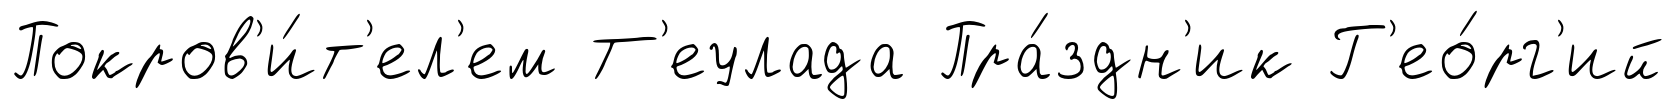
Покров'и́т'ел'ем Т'еулада Пра́здн'ик Г'ео́рг'ий